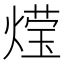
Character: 𮳶